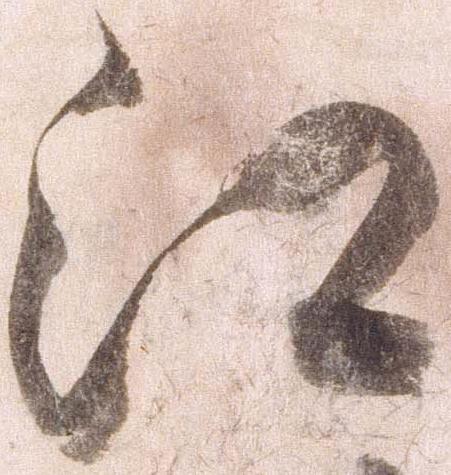
江